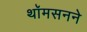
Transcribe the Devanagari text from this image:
थॉमसनने